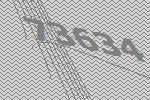
73634